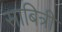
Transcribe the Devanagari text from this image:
साबित्री